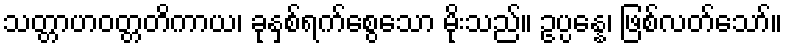
သတ္တာဟဝတ္တတိကာယ၊ ခုနှစ်ရက်စွေသော မိုးသည်။ ဥပ္ပန္နေ၊ ဖြစ်လတ်သော်။